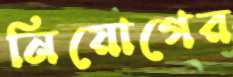
নিয়োগের